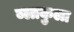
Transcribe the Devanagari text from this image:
ब्लाकुला